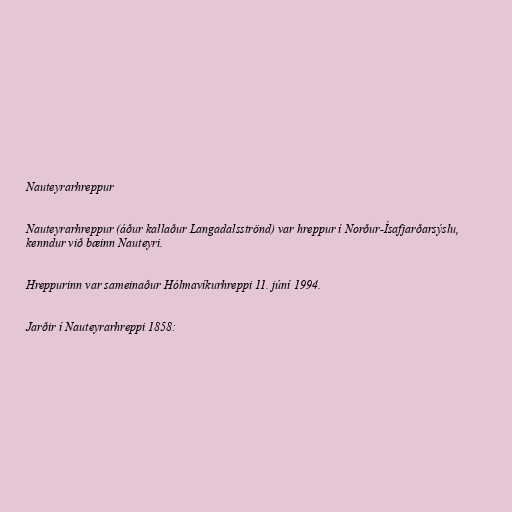
Nauteyrarhreppur

Nauteyrarhreppur (áður kallaður Langadalsströnd) var hreppur í Norður-Ísafjarðarsýslu,
kenndur við bæinn Nauteyri.

Hreppurinn var sameinaður Hólmavíkurhreppi 11. júní 1994.

Jarðir í Nauteyrarhreppi 1858: